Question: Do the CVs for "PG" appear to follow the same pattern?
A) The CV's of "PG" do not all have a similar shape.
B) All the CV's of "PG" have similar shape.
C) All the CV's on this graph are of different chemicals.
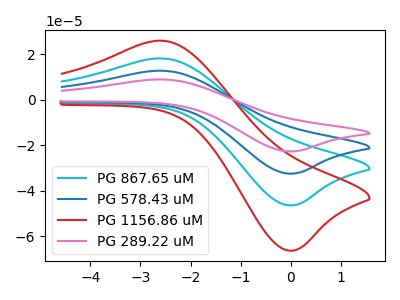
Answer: <think>The cyan curve "PG 867.65 uM" has an anodic peak at (-2.55V, 25.35uA) and a cathodic peak at (0.05V, -65.05uA). The blue curve "PG 578.43 uM" has an anodic peak at (-2.55V, 12.70uA) and a cathodic peak at (0.05V, -32.55uA). The red curve "PG 1156.86 uM" has an anodic peak at (-2.55V, 38.05uA) and a cathodic peak at (0.05V, -97.60uA). The pink curve "PG 289.22 uM" has an anodic peak at (-2.55V, 8.90uA) and a cathodic peak at (0.05V, -22.75uA).
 All the peaks in "PG 867.65 uM" have a peak in "PG 578.43 uM" at the same potential. Every peak in "PG 867.65 uM" is higher than every peak in "PG 578.43 uM". All the peaks in "PG 867.65 uM" have a peak in "PG 1156.86 uM" at the same potential. Every peak in "PG 867.65 uM" is lower than every peak in "PG 1156.86 uM". All the peaks in "PG 867.65 uM" have a peak in "PG 289.22 uM" at the same potential. Every peak in "PG 867.65 uM" is higher than every peak in "PG 289.22 uM". All the peaks in "PG 578.43 uM" have a peak in "PG 1156.86 uM" at the same potential. Every peak in "PG 578.43 uM" is lower than every peak in "PG 1156.86 uM". All the peaks in "PG 578.43 uM" have a peak in "PG 289.22 uM" at the same potential. Every peak in "PG 578.43 uM" is higher than every peak in "PG 289.22 uM". All the peaks in "PG 1156.86 uM" have a peak in "PG 289.22 uM" at the same potential. Every peak in "PG 1156.86 uM" is higher than every peak in "PG 289.22 uM".</think>
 <answer>B) All the CV's of "PG" have similar shape.</answer>
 <eval>B</eval>